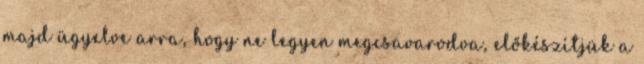
majd ügyelve arra, hogy ne legyen megcsavarodva, előkészítjük a